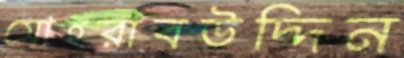
সোহরাবউদ্দিন